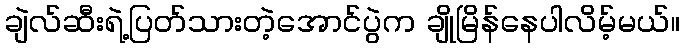
ချဲလ်ဆီးရဲ့ပြတ်သားတဲ့အောင်ပွဲက ချိုမြိန်နေပါလိမ့်မယ်။